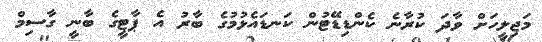
މަޖިލީހަށް ވާދަ ކުރާނެ ކެންޑިޑޭޓުން ކަނޑައެޅުމުގެ ބާރު އެ ޕާޓީގެ ބާނީ ގާސިމް